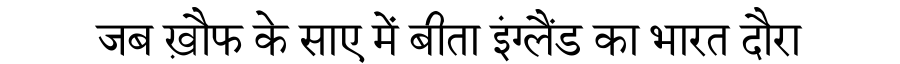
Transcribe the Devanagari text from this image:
जब ख़ौफ के साए में बीता इंग्लैंड का भारत दौरा